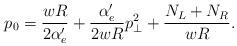
LaTeX: \begin{align*}p_0 = \frac{wR}{2 \alpha'_e} + \frac{\alpha'_e}{2wR} p_\perp^2 + \frac{N_L + N_R}{wR}.\end{align*}